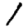
Digit: 1